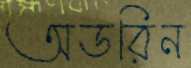
অডরিন